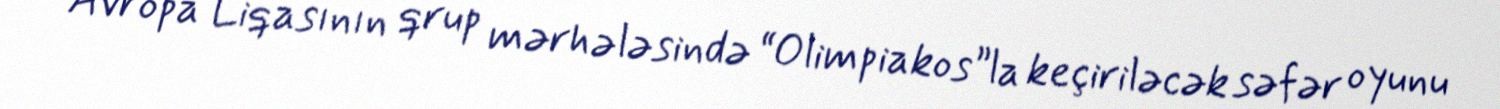
Avropa Liqasının qrup mərhələsində “Olimpiakos”la keçiriləcək səfər oyunu